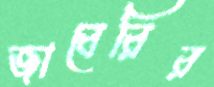
জাবেরির